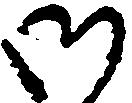
御